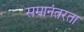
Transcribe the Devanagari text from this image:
समानंतरता